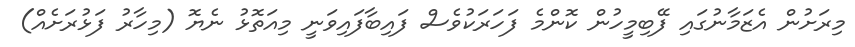
މިރަށުން އެޒަމާނުގައި ފޭބިމީހުން ކޮންމެ ފަހަރަކުވެސް ފައިބާފައިވަނީ މިއަތޮޅު ނެޔޮ (މިހާރު ފަޅުރަށެއް)